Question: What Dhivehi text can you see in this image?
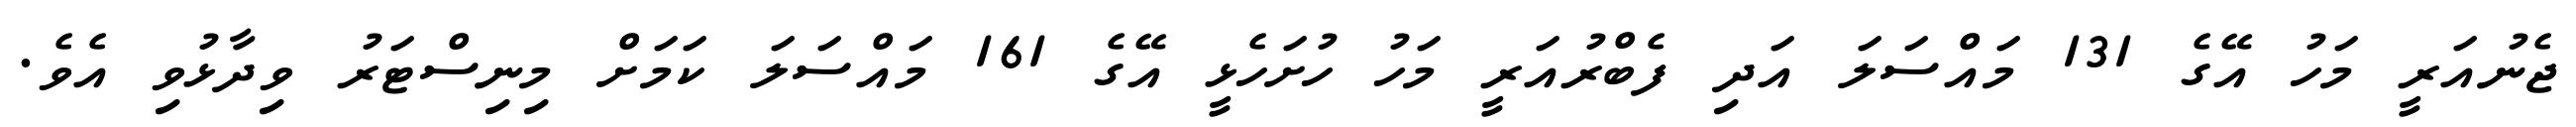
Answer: ޖެނުއަރީ މަހު އޭގެ 131 މައްސަލަ އަދި ފެބްރުއަރީ މަހު ހުށަހެޅީ އޭގެ 161 މައްސަލަ ކަމަށް މިނިސްޓަރު ވިދާޅުވި އެވެ.